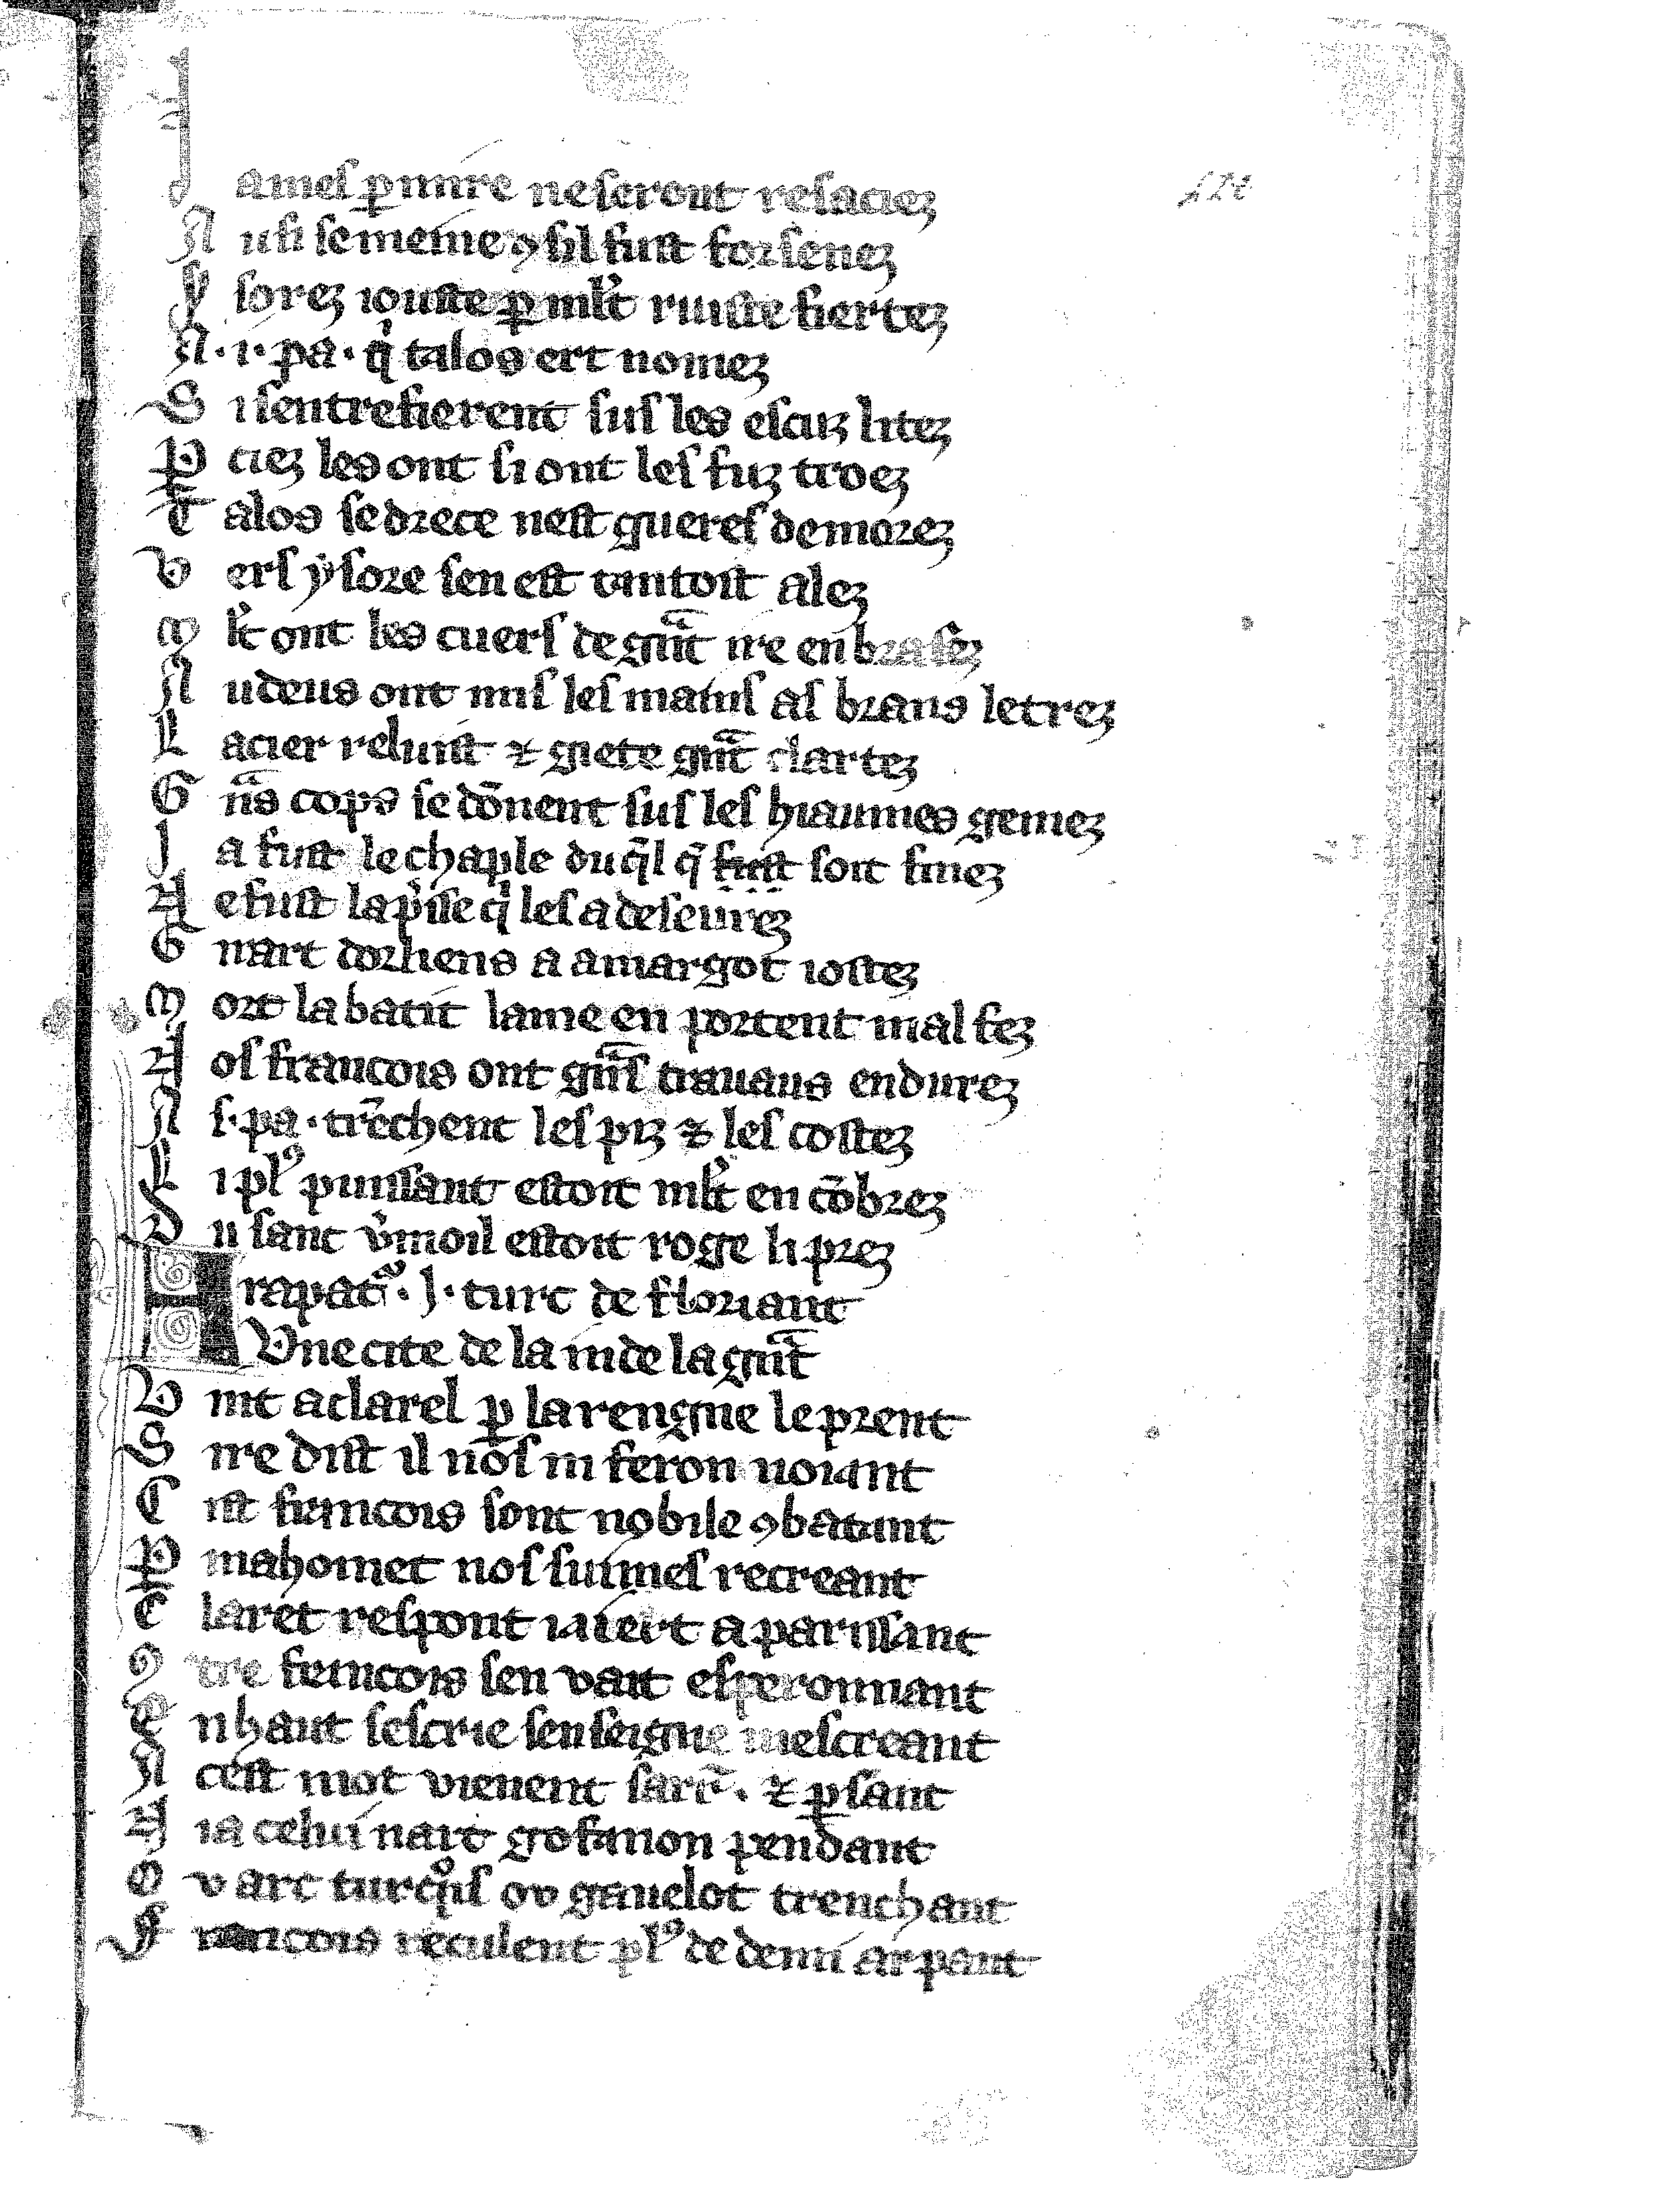
Shelfmark: Vatican, Biblioteca apostolica vaticana, Reg.lat. 1616
Century: 14